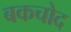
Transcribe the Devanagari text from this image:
बकचोद